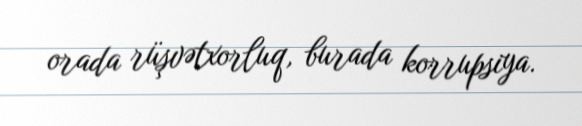
orada rüşvətxorluq, burada korrupsiya.